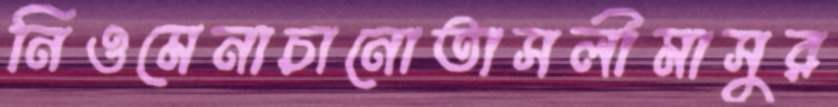
নিওমেনাচানোতাসলীমাসুর